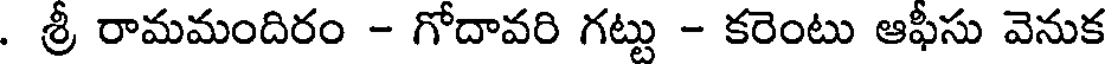
. శ్రీ రామమందిరం - గోదావరి గట్టు - కరెంటు ఆఫీసు వెనుక